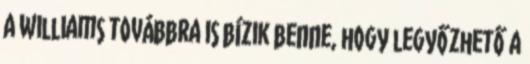
A Williams továbbra is bízik benne, hogy legyőzhető a